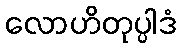
လောဟိတုပ္ပါဒံ